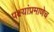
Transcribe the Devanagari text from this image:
पक्ष्यांप्रमाणेच